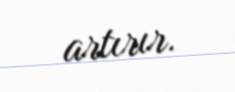
artırır.